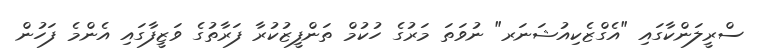
ސްރީލަންކާގައި "އެގްޒެކިއުޝަނަރ" ނުވަތަ މަރުގެ ހުކުމް ތަންފީޒުކުރާ ފަރާތުގެ ވަޒީފާގައި އެންމެ ފަހުން